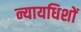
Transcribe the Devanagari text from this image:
न्यायधिशों